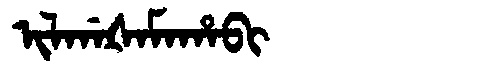
Manchu: ᡳᠯᡤᠠᡧᠠᠮᠠᡥᠠᠪᡳ
Romanization: ILGAŠAMAHABI